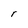
Character: C